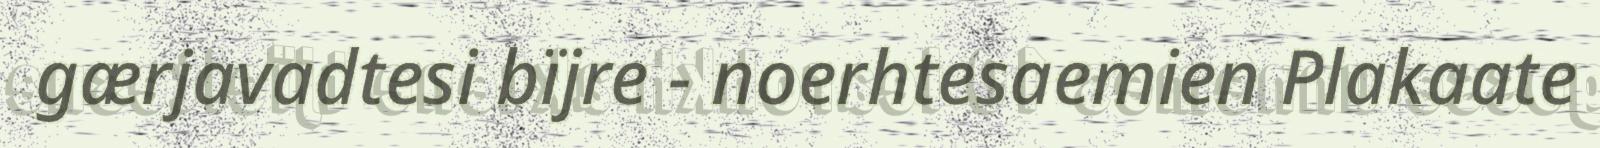
gærjavadtesi bïjre - noerhtesaemien Plakaate